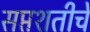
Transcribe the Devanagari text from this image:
सप्तशतीचे